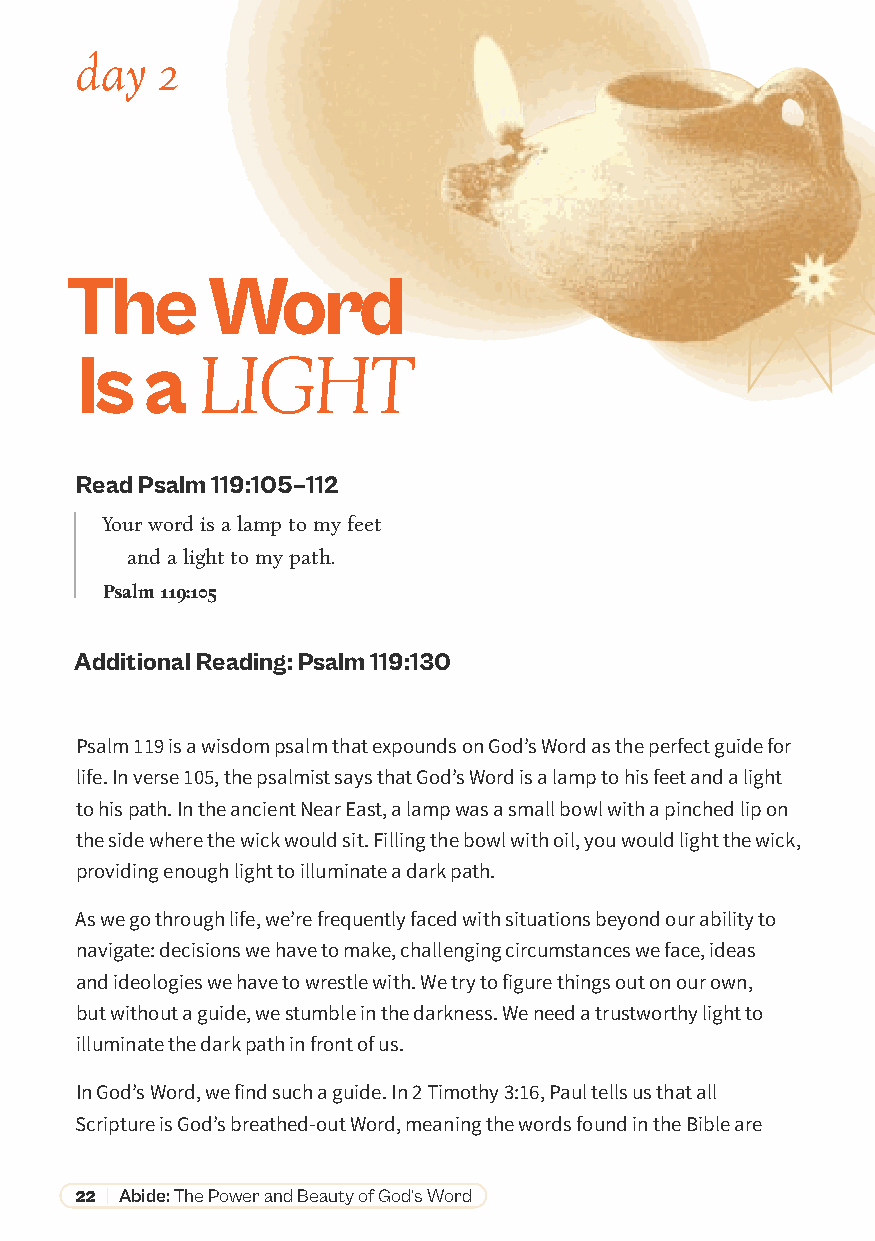
day  2
 The       Word
 Is   a
 LIGHT
 Read Psalm 119:105–112
 Your word is a lamp to my feet
 and a light to my path.
 Psalm 119:105
 Additional Reading: Psalm 119:130
 Psalm 119 is a wisdom psalm that expounds on God’s Word as the perfect guide for
 life. In verse 105, the psalmist says that God’s Word is a lamp to his feet and a light
 to his path. In the ancient Near East, a lamp was a small bowl with a pinched lip on
 the side where the wick would sit. Filling the bowl with oil, you would light the wick,
 providing enough light to illuminate a dark path.
 As we go through life, we’re frequently faced with situations beyond our ability to
 navigate: decisions we have to make, challenging circumstances we face, ideas
 and ideologies we have to wrestle with. We try to figure things out on our own,
 but without a guide, we stumble in the darkness. We need a trustworthy light to
 illuminate the dark path in front of us.
 In God’s Word, we find such a guide. In 2 Timothy 3:16, Paul tells us that all
 Scripture is God’s breathed-out Word, meaning the words found in the Bible are
 22 | Abide: The Power and Beauty of God’s Word